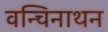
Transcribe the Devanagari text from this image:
वन्चिनाथन